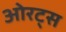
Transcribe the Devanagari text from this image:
ओरट्स